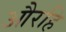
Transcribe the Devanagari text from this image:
औरहि